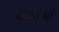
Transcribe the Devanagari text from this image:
कांहली